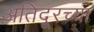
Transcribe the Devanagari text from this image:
अतिदूरच्या